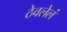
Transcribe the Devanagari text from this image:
ठेवलेलं